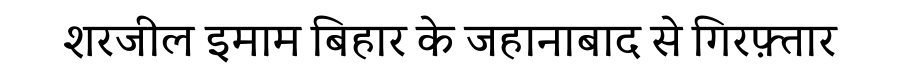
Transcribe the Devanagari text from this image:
शरजील इमाम बिहार के जहानाबाद से गिरफ़्तार